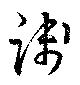
践